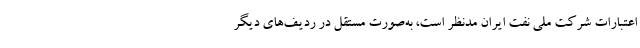
اعتبارات شرکت ملی نفت ایران مدنظر است، به‌صورت مستقل در ردیف‌های دیگر